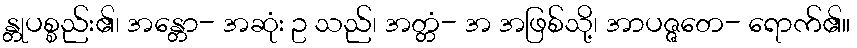
န္တုပစ္စည်း၏၊ အန္တော- အဆုံး ဥ သည်၊ အတ္တံ- အ အဖြစ်သို့၊ အာပဇ္ဇတေ- ရောက်၏။